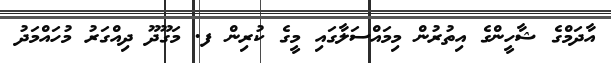
އާދަމްގެ ޝާހީންގެ އިތުރުން މިމައްސަލާގައި މީގެ ކުރިން ފ. މަގޫދޫ ދިއްގަރު މުހައްމަދު